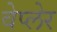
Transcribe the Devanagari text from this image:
वेप्लेर